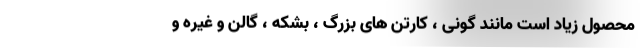
محصول زیاد است مانند گونی ، کارتن های بزرگ ، بشکه ، گالن و غیره و